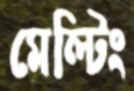
মেল্টিং